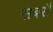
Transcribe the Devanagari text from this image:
सबसै